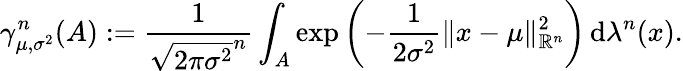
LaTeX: \gamma_{\mu,\sigma^{2}}^{n}(A):={\frac{1}{{\sqrt{2\pi\sigma^{2}}}^{n}}}\int_{A}\exp\left(-{\frac{1}{2\sigma^{2}}}\| x-\mu\| _{\mathbb{R}^{n}}^{2}\right)\, \mathrm{d}\lambda^{n}(x).